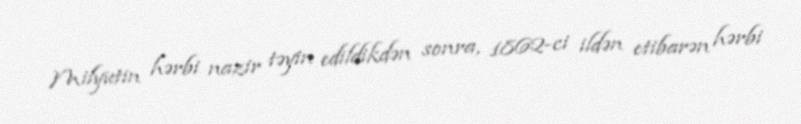
Milyutin hərbi nazir təyin edildikdən sonra, 1862-ci ildən etibarən hərbi